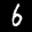
Label: 6